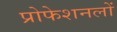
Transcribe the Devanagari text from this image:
प्रोफेशनलों